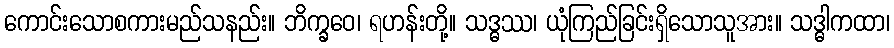
ကောင်းသောစကားမည်သနည်း။ ဘိက္ခဝေ၊ ရဟန်းတို့။ သဒ္ဓဿ၊ ယုံကြည်ခြင်းရှိသောသူအား။ သဒ္ဓါကထာ၊